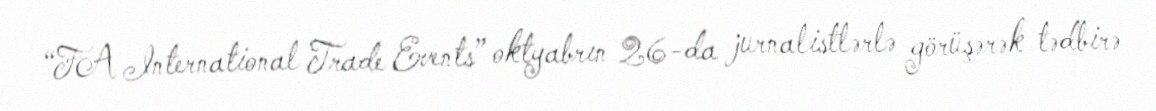
“FA International Trade Events” oktyabrın 26-da jurnalistlərlə görüşərək tədbirə